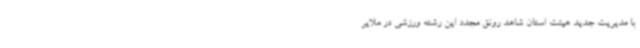
با مدیریت جدید هیئت استان شاهد رونق مجدد این رشته ورزشی در ملایر